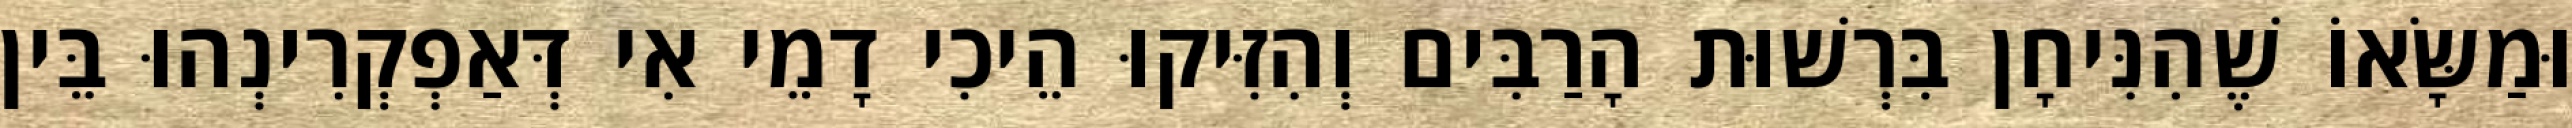
וּמַשָּׂאוֹ שֶׁהִנִּיחָן בִּרְשׁוּת הָרַבִּים וְהִזִּיקוּ הֵיכִי דָמֵי אִי דְּאַפְקְרִינְהוּ בֵּין